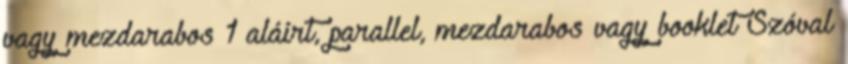
vagy mezdarabos 1 aláírt, parallel, mezdarabos vagy booklet Szóval